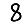
Digit: 8